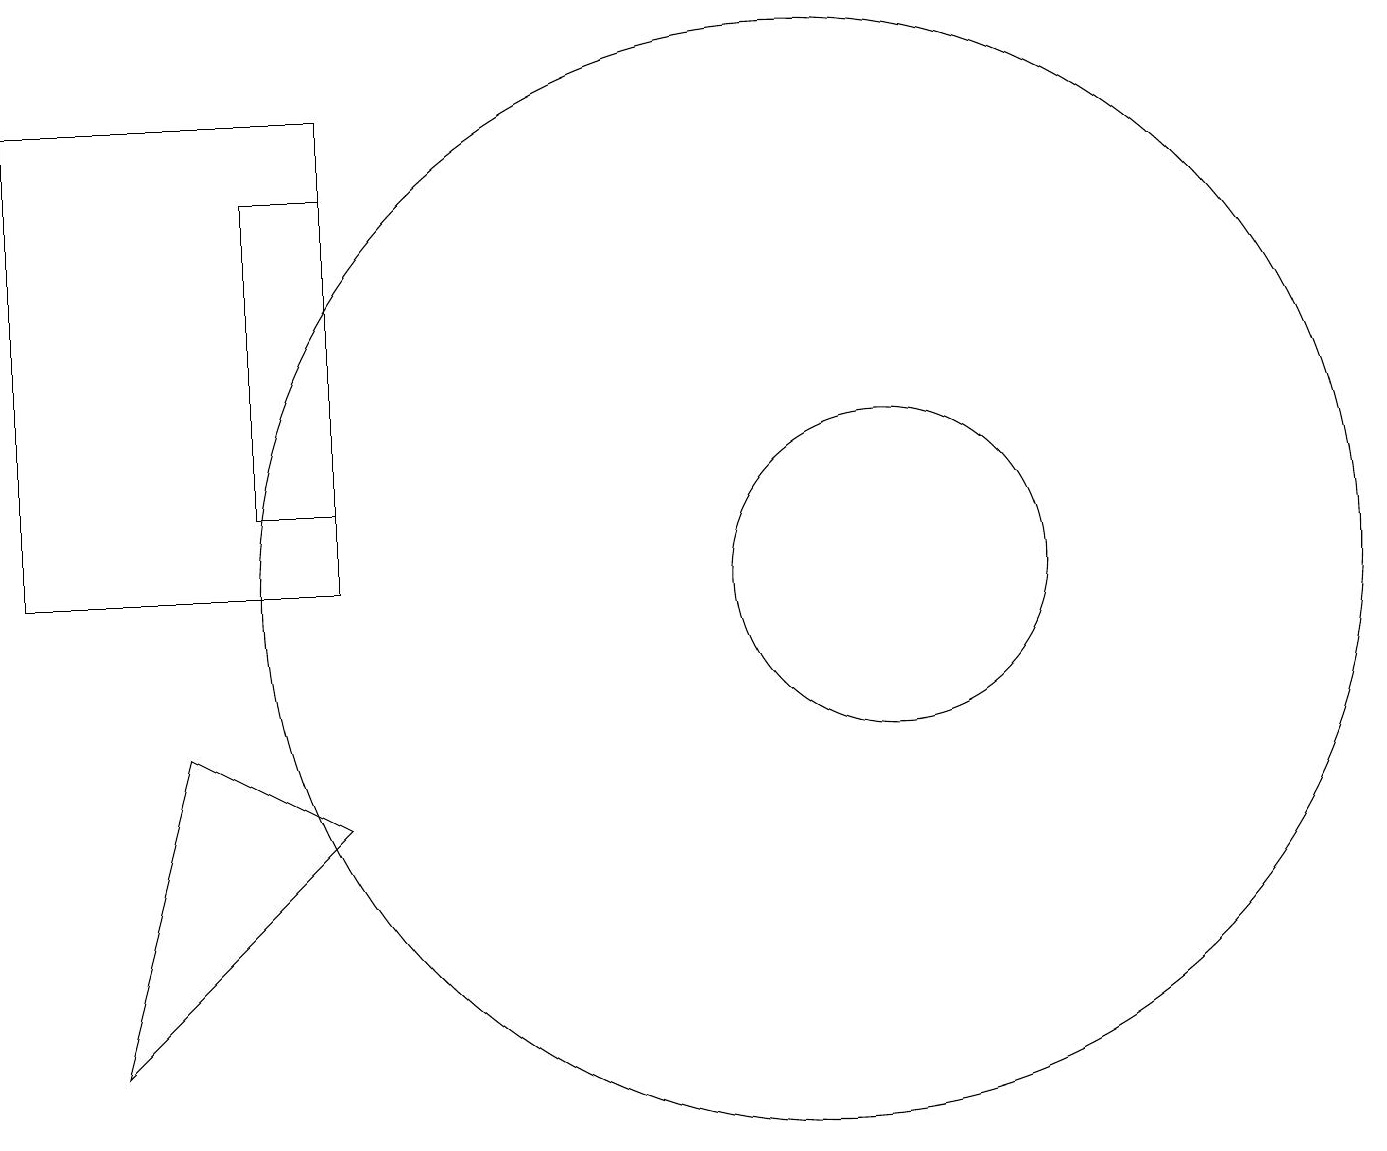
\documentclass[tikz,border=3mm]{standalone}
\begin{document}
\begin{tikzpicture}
\draw (1,4) -- (4,7) -- (2,8) -- cycle;
\draw (11,10) circle (2);
\draw (0,10) rectangle (4,16);
\draw (10,10) circle (7);
\draw (3,15) rectangle (4,11);
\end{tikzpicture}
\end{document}